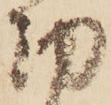
切